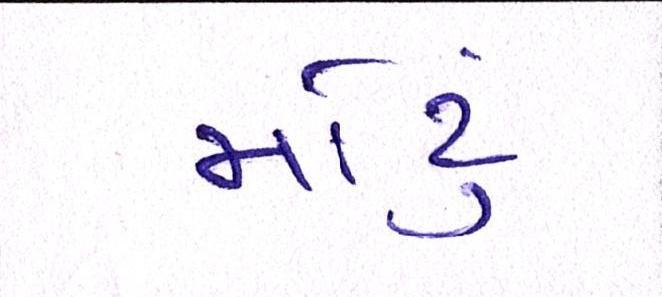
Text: મોટું